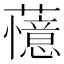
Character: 𬟔